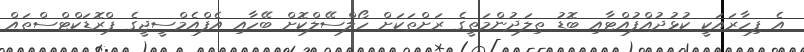
އެ ފިހާރައަކީ ކުޅުދުއްފުއްޓާއި ބޮޑު ތިލަދުންމަތީގެ ރަށްތަކަށް ހޯލްސޭލްކޮށް ބޭހާއި އެފްއެމްސީޖީގެ ޕްރޮޑަކްޓްސްތައް